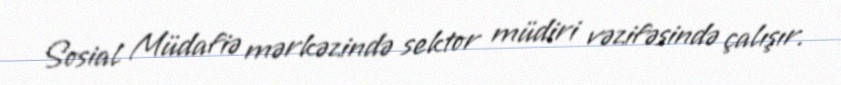
Sosial Müdafiə mərkəzində sektor müdiri vəzifəsində çalışır.